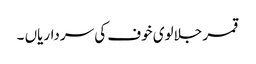
قمر جلالوی خوف کی سرداریاں ۔